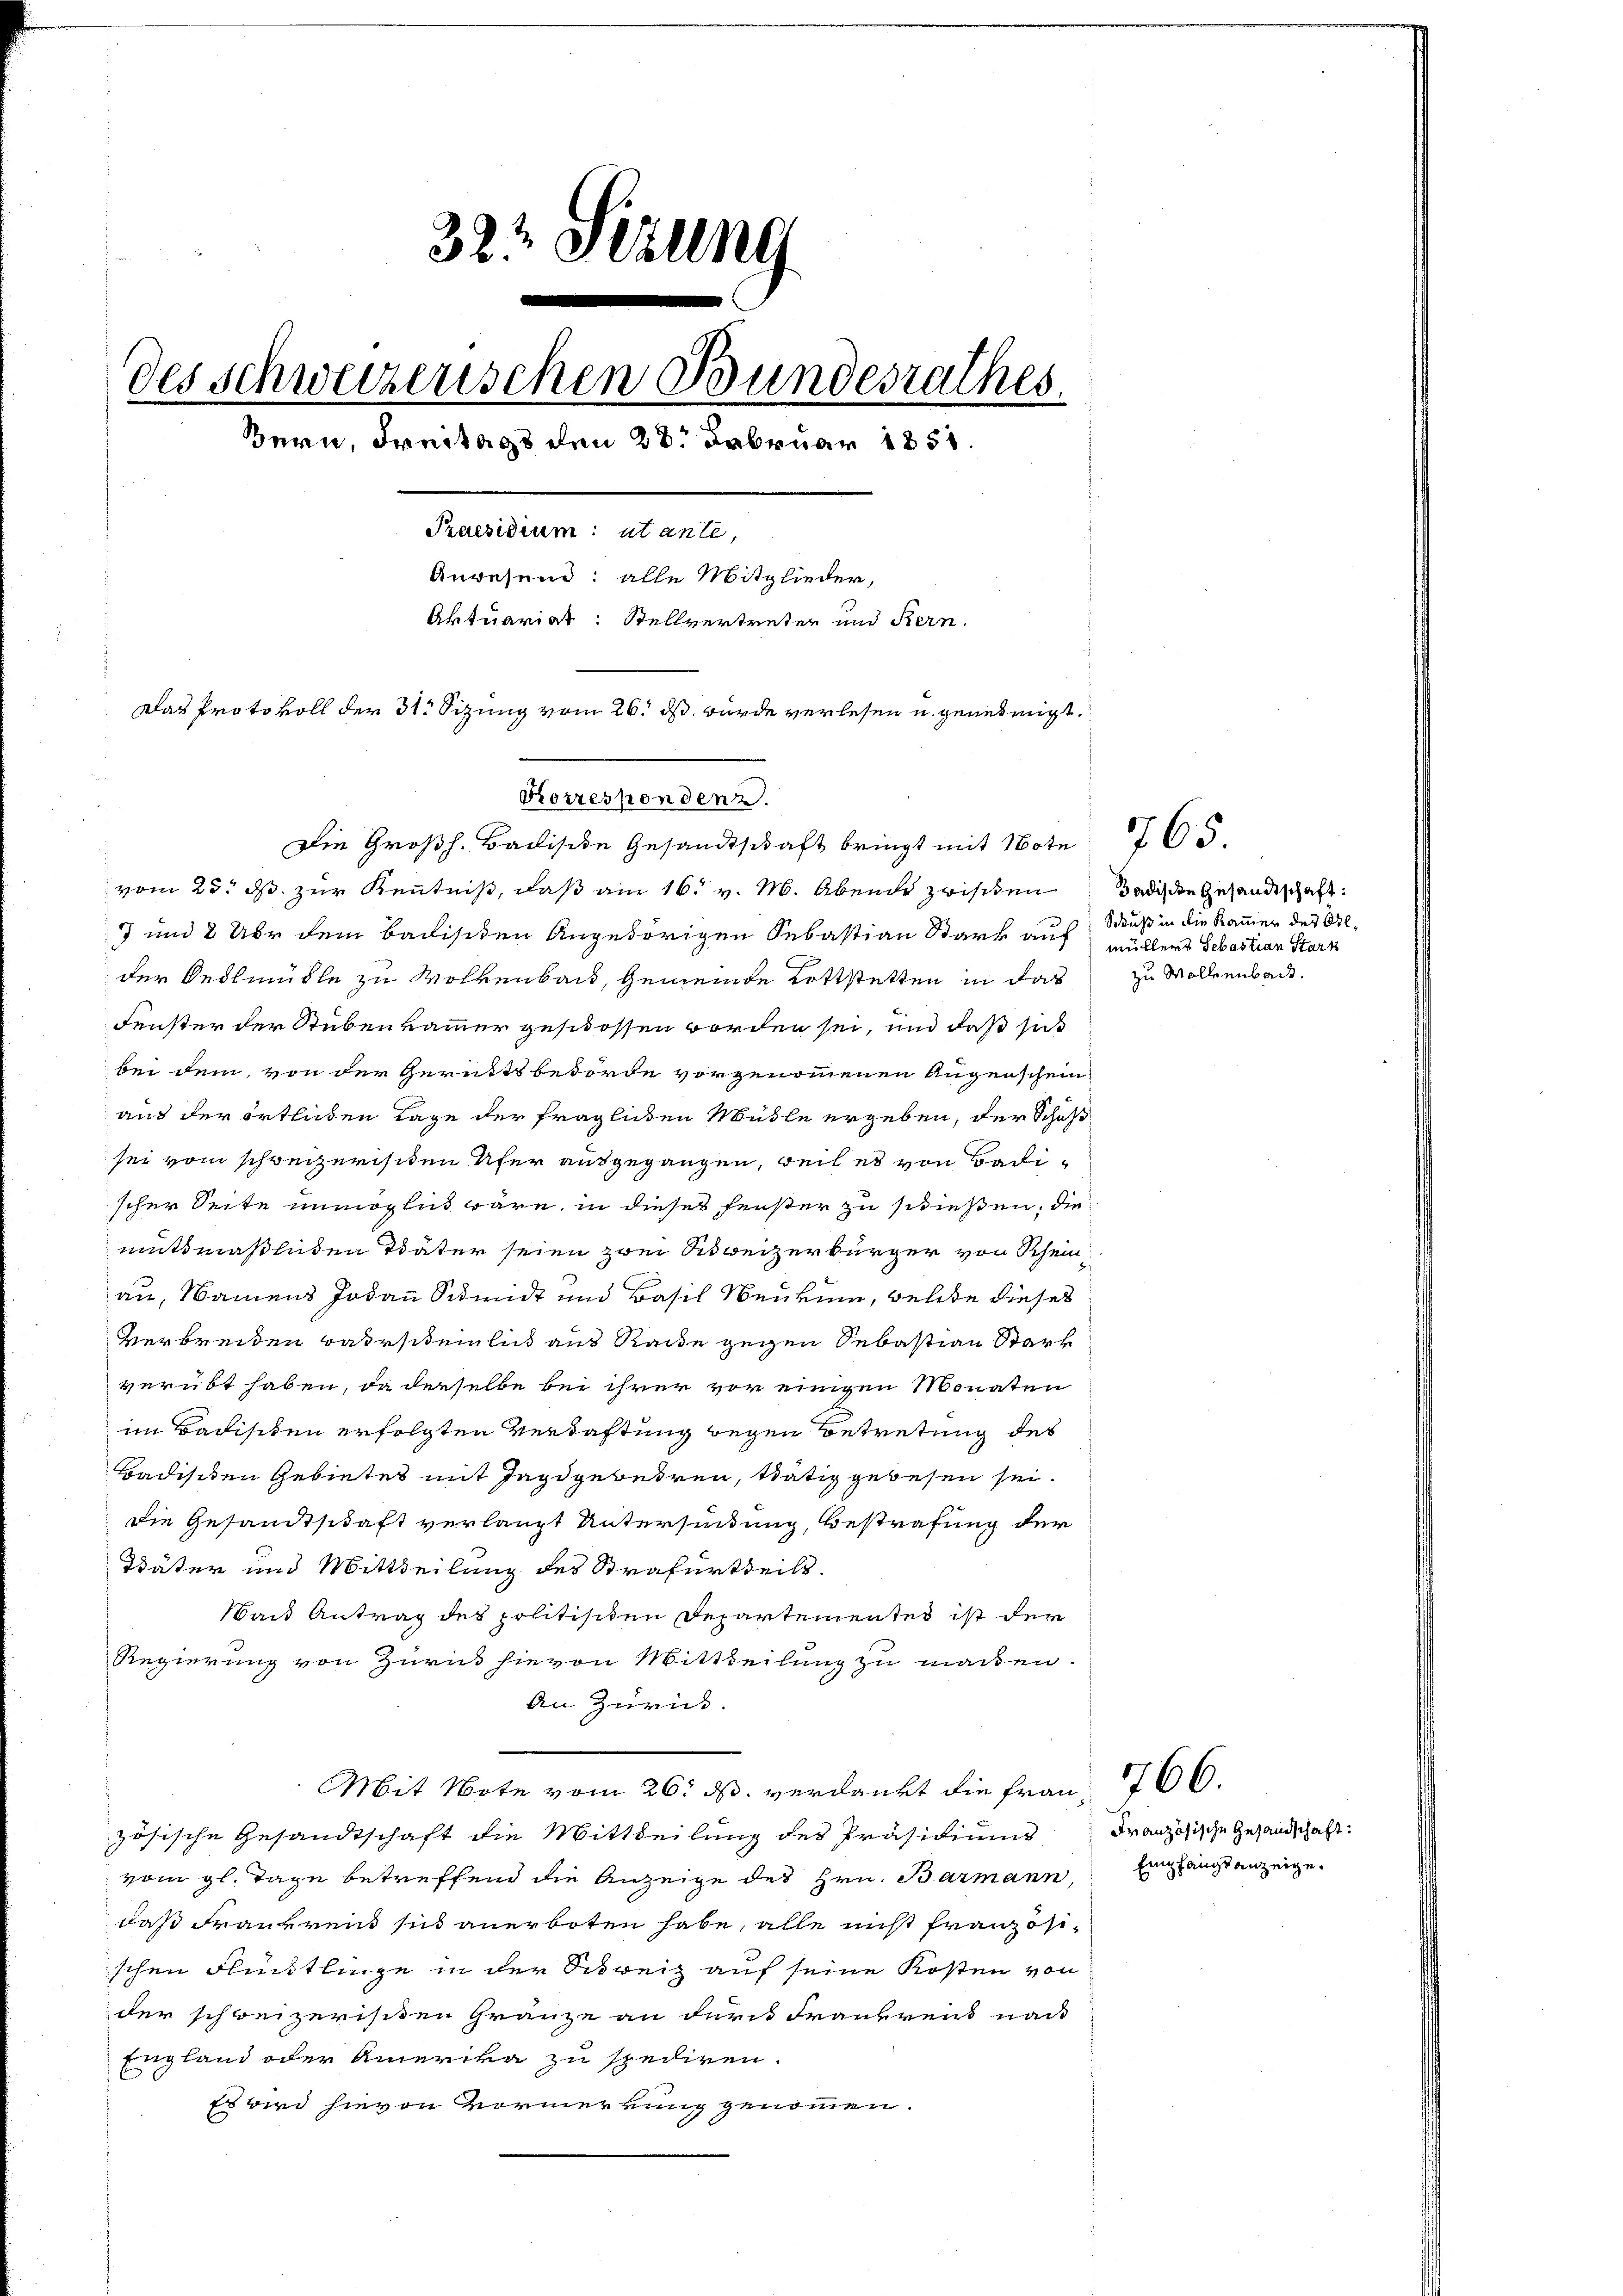
323 Sekung
des schweizerischen Bundesrathes.
Bern, Freitags den 28. Februar 1858.
Praesidium: ut ante,
Anwesend: alle Mitglieder,
Aktuariat: Stellvertreter und Bern.
Das Protokoll der 31. Sitzung vom 26. ds. wurde verlesen u. genehmigt.

vom 25. d. zur Kenntniß, daß am 16. v. M. Abende zwischen
7 und 8 Uhr dem Badisiden Angehörigen Sebastian Stark auf der Sebastian Starz
der Redlmble zu Wolkenbad, Gemeinde Lottstetten in das
Fenster der Stuben kammer geschossen worden sei, und daß si
bei dem, von der Gerichtsbehörde vorgenommenen Augenschein
aus der ortheiden Tage der fraglichen Mühle ergeben, der Schuß
sei vom schweizerischen Ufer ausgegangen, weil es von Badischer Seite unmöglich wäre, in dieses Fenster zu stießen, die
muthmaßlichen Täter seien zwei Schweizerbürger von Rhein
au, Namens Jodann Schmidt und Basil Neubin, welche dieses
Verbreiden wahrscheinlich aus Race gegen Sebastian Stärk
verübt haben, da derselbe bei ihrer vor einigen Monaten
im Badischen erfolgten Verdachtung wegen Betretung des
Badischen Gebietes mit Jagdgebühren, stätig gewesen sei.
die Gesandtschaft verlangt Untersendung, Bestrafung der
Täter und Mittheilung des Strafurtheils.
Wand Antrag des politischen Departementes ist der
Regierung von Zurück hievon Mittheilung zu machen.
An Zurück.
Mit Note vom 26. ds. verdankt die Frau 766.
zösische Gesandtschaft die Mittheilung des Präsidiums Französische Gesandschaft:
vom gl. Tage betreffend die Anzeige des Hrn. Barmann Empfangsanzeige
daß Frauerend sich anerboten habe, alle nicht französischen Fünktlinge in der Schweiz auf seine Kosten von
der schweizerischen Gränze an ders Frankreich nach
England oder Amerika zu spediren.
Es wird hievon Vormerkung genommen.

Korrespondenz.
Die Großh. Badische Gesandtschaft bringt mit Note

Badische Gesandtschaft:
Schluß in die Kammer der Alzu Wollenbacht.

765